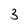
Character: 3